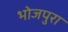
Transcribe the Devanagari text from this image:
भोजपुरा